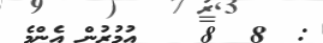
:  8  8    އުމުރުން އެންމެ